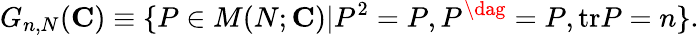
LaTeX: G_{n,N}({\mathbf C})\equiv\{ P\in M(N;{\mathbf C})|P^{2}=P,P^{\dag}=P,\mathrm{tr}P=n\} .